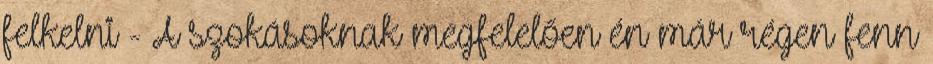
felkelni - A szokásoknak megfelelően én már régen fenn